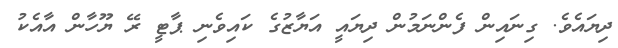
ދިޔައެވެ. ގިނައިން ފެންނަމުން ދިޔައީ އަޔާޒުގެ ކައިވެނި ޕާޓީ ރޭ ޔޫހާން އާއެކު